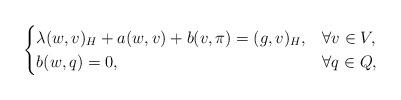
LaTeX: \begin{align*}\begin{cases}\lambda (w,v)_H + a(w,v) + b(v,\pi) = (g,v)_H, & \forall v \in V, \\b(w,q) = 0, & \forall q \in Q,\end{cases}\end{align*}